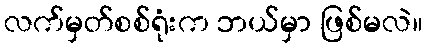
လက်မှတ်စစ်ရုံးက ဘယ်မှာ ဖြစ်မလဲ။